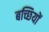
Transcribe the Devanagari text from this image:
बच्छियों